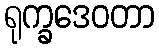
ရုက္ခဒေဝတာ